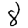
Digit: 8